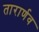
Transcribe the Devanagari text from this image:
तारार्णव